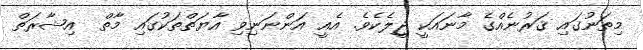
މިތަނުގައި ޤަރުނެއްގެ މާނައަކީ ޖީލެކެވެ. އެއީ އަންނަނިވި އާޔަތްތަކުގައި މާތް  އިޝާރަތް